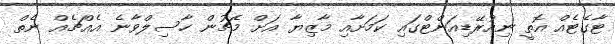
ޓާގެޓެއް އޮތީ ނިއުރޭޑިއަންޓްގައި ކަމަށާއި މާޒިޔާ އަށް މެޗުން ހާސިލްވާނެ އެއްޗެއް ނެތް